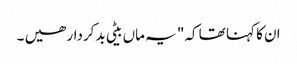
ان کا کہنا تھا کہ" یہ ماں بیٹی بدکردار ھیں ۔